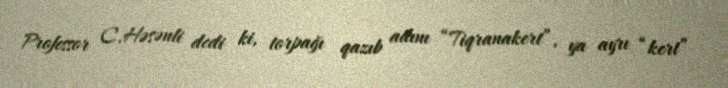
Professor C.Həsənli dedi ki, torpağı qazıb adını “Tiqranakert”, ya ayrı “kert”